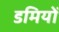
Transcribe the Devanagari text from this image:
डमियों